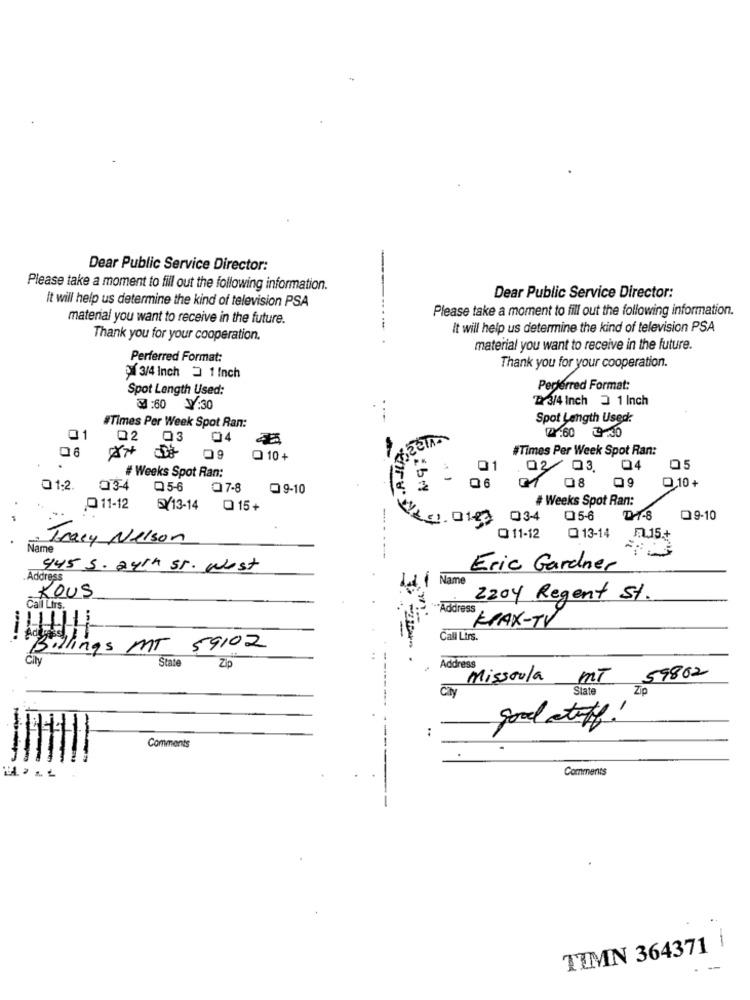
Dear Public Service Director:
Please take a moment to fill out the following information.
It will help us determine the kind of television PSA
Dear Public Service Director:
Please take a moment to fill out the following information.
material you want to receive in the future.
It will help us determine the kind of television PSA
Thank you for your cooperation.
material you want to receive in the future.
Perferred Format:
Thank you for your cooperation.
3/4 Inch ] 1 Inch
Spot Length Used:
Perferred Format:
ZY 3/4 Inch 3 1 Inch
3:60
:30
Spot Length Used:
#Times Per Week Spot Ran:
01
02
03
04
2:60 9:30
06
#Times Per Week Spot Ran:
Q 10 +
01
02 03.
04
05
# Weeks Spot Ran:
06
₾ 10+
0 1-2
034
05-6
07-8
0 9-10
08
09
# Weeks Spot Ran:
11-12
5713-14
O 15+
03-4
05-6
DT-8
09-10
O 11-12
Q 13-14
Tracy Nelson
51.15+
Name
945 5. 24th st. West
Eric Gardner
Address
Name
KOUS
2204 Regent St.
Call Lirs.
Address
KPAX-TV
---
Call Lirs.
Billings MT 59102
CIN
State
Zip
Address
Missoula
MT
59802
State
Zip
:
Comments
Comments
TIMN 364371